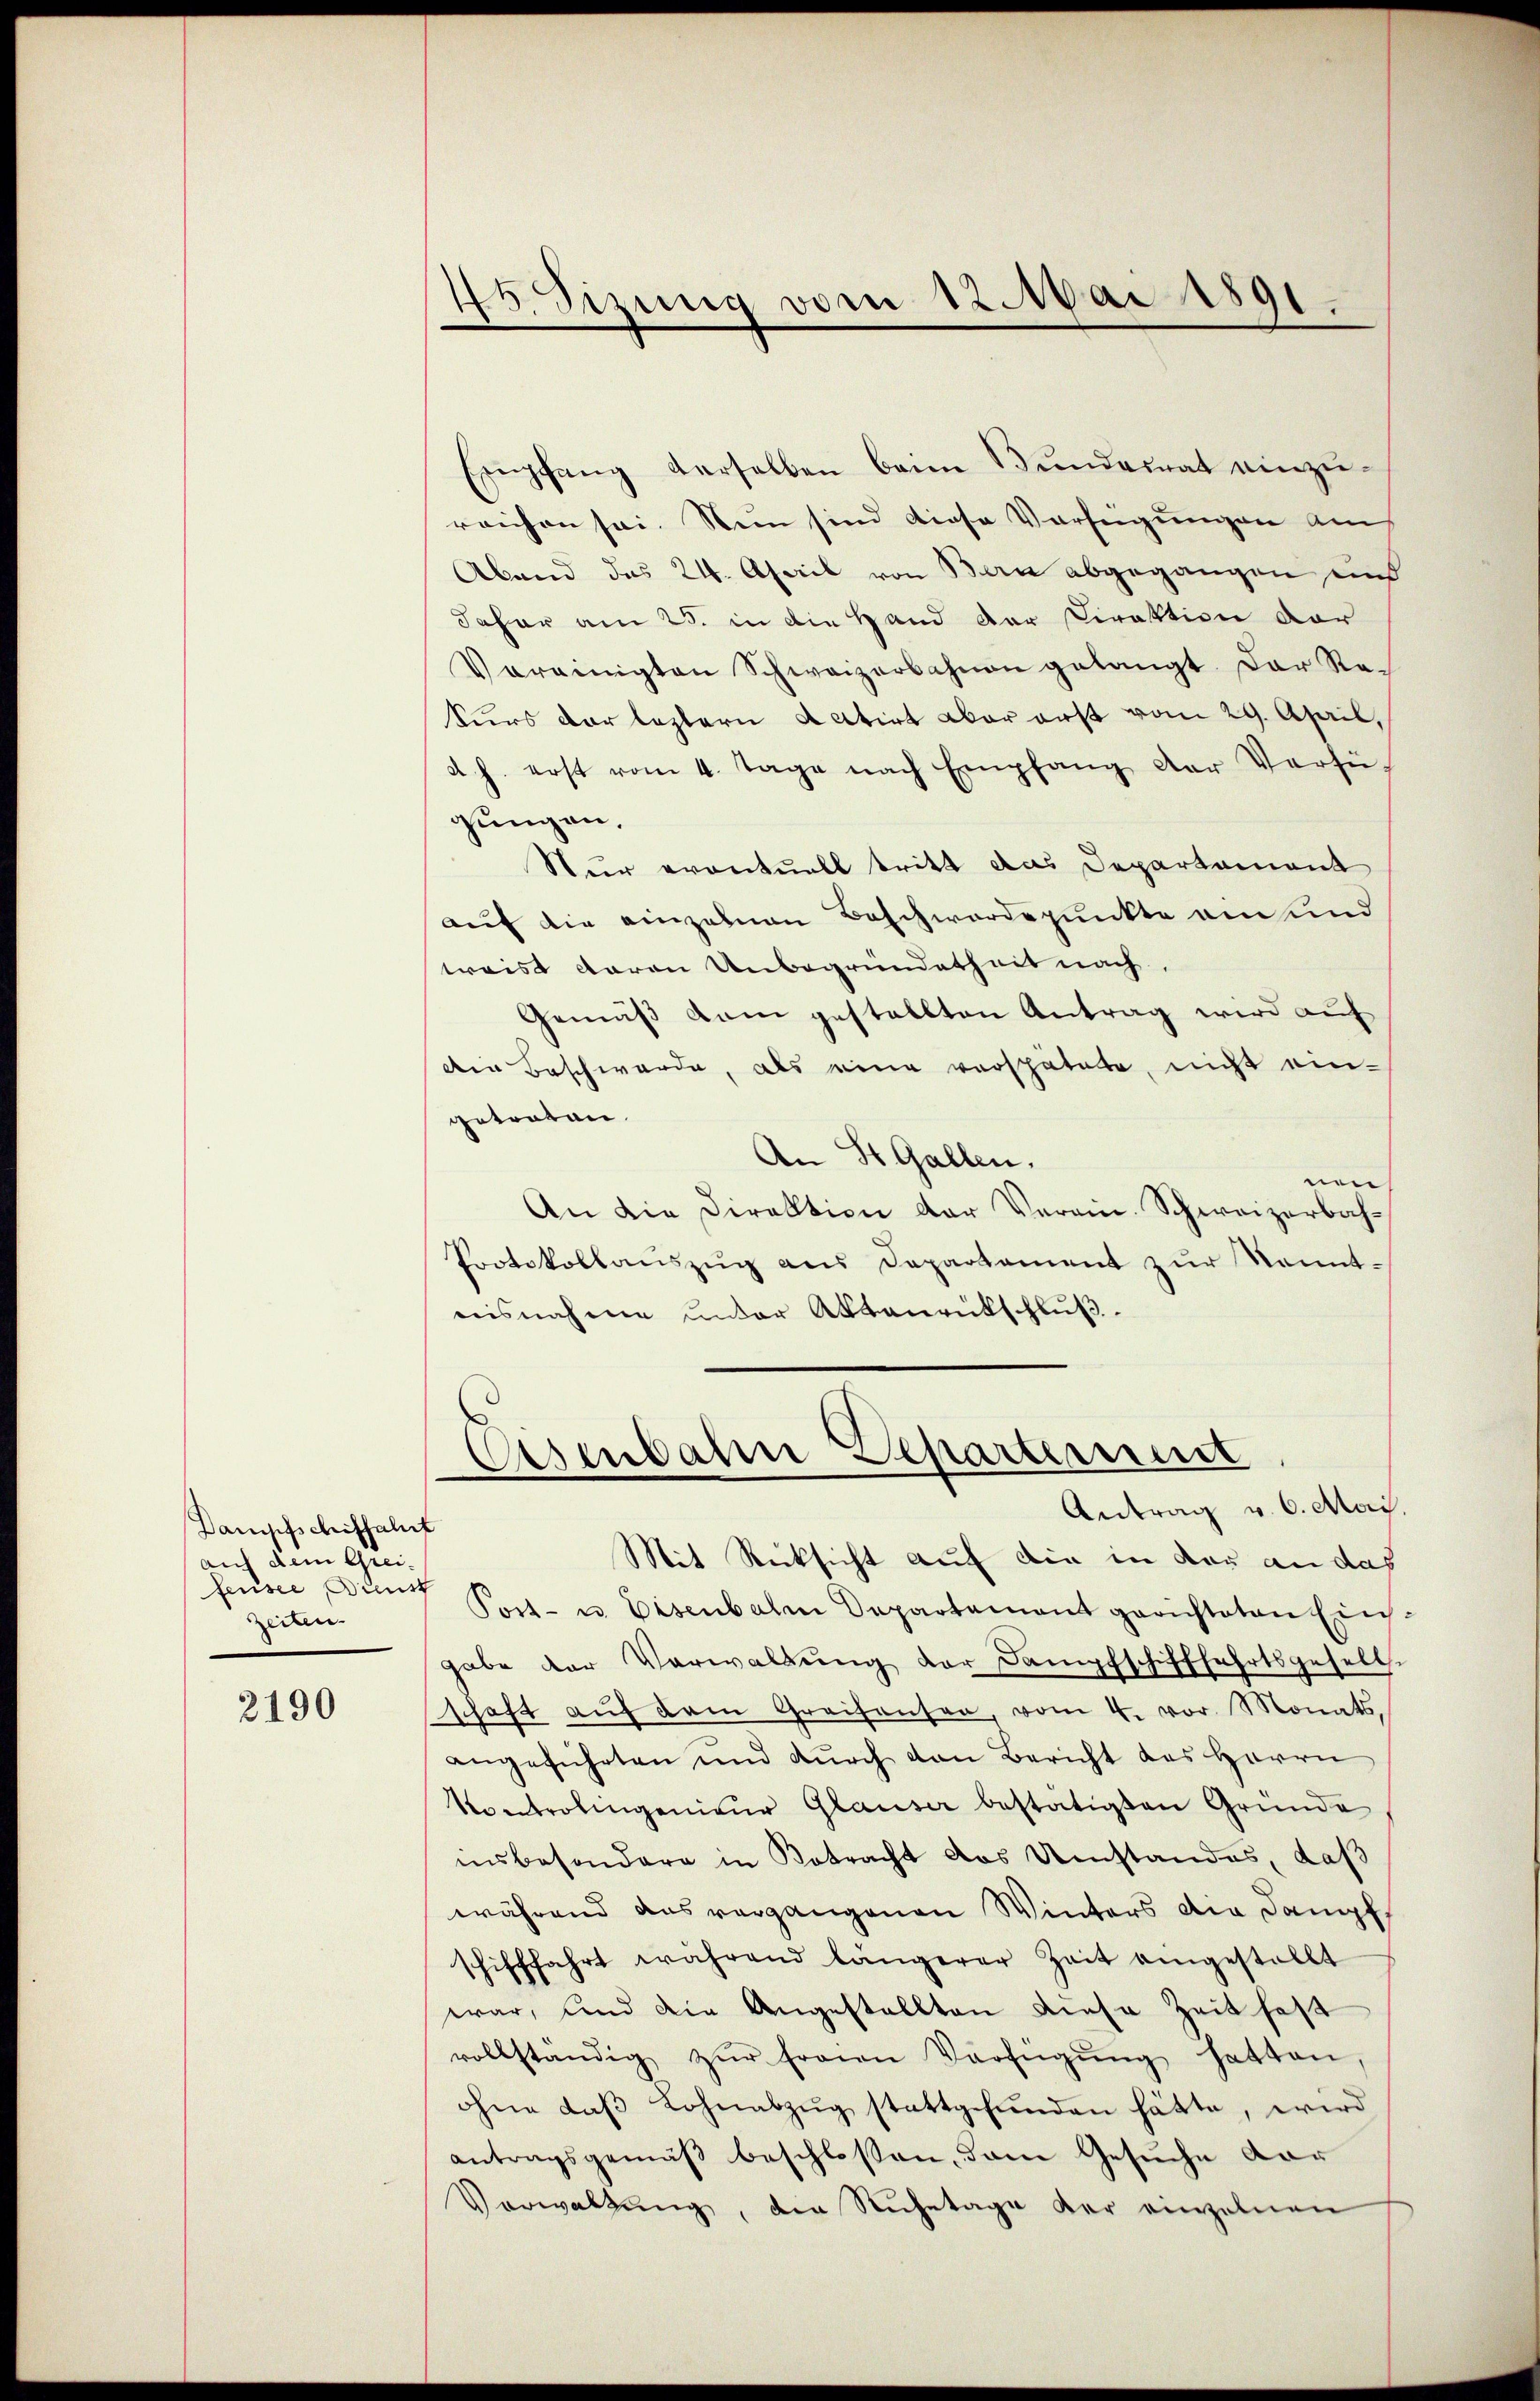
Dampfschiffahrt
auf dem Greifensee, Dienst
Zeiten.

2190

45. Sizung vom 12. Mai 1891.

Empfang derselben beim Bundesrat einzureichen sei. Nun sind diese Verfügungen am
Abend das 24. April von Bern abgegangen und
Jahar am 25. in die Hand der Direktion der
Vereinigten Schweizerbahnen gelangt. Der Re-
kurs der leztern datirt aber aust vom 29. April,
d. h. erst vom 4. Tage nach Empfang der Verfü-
gungen.
Nur eventuell tritt das Departemont
auf die einzelnen Beschwerdepunkte am und
waist daran Unbegründetheit nach
Gemäβ dem gestellten Antrag wird auf
den Beschwerde, als eine verspätete, nicht eingetreten.
An St. Gallen.
o
An die Direktion der Verein. Schweizerbah¬
Protokollaŭszŭg aŭs Departement zŭr Kennt-
nisnahme unter Aktenrütschluß.
Osenbahn Separtement
Antrag v. 6. Mai.
Mit Rücksicht auf die in der an das
Post- u. Eisenbalen Departement gerichteten Eingabe der Verwaltŭng der Dampfschifffahrtsgesell-
schaft aŭf dem Greifensen, vom 4. vor. Monats
angeführten und dŭrch den Bericht des Herrn
Kontrolingenieŭr Glaŭser bestätigten Gründe
insbesondere in Betracht das Umstandes, daß
während das vergangenen Winters die Dampf,
schifffahrt während längerer Zeit eingestellt
war, und die Angestellten diese Zeit hast
vollständig zŭr Frauen Verfügŭng hatten,
ohne daβ Lohnabzŭg stattgefŭnden hätte, wird
antragsgemäß beschloßen, dem Gesuche vor
Verwaltŭng, die Ruhetage der einzelnen